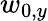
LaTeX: w_{0,y}